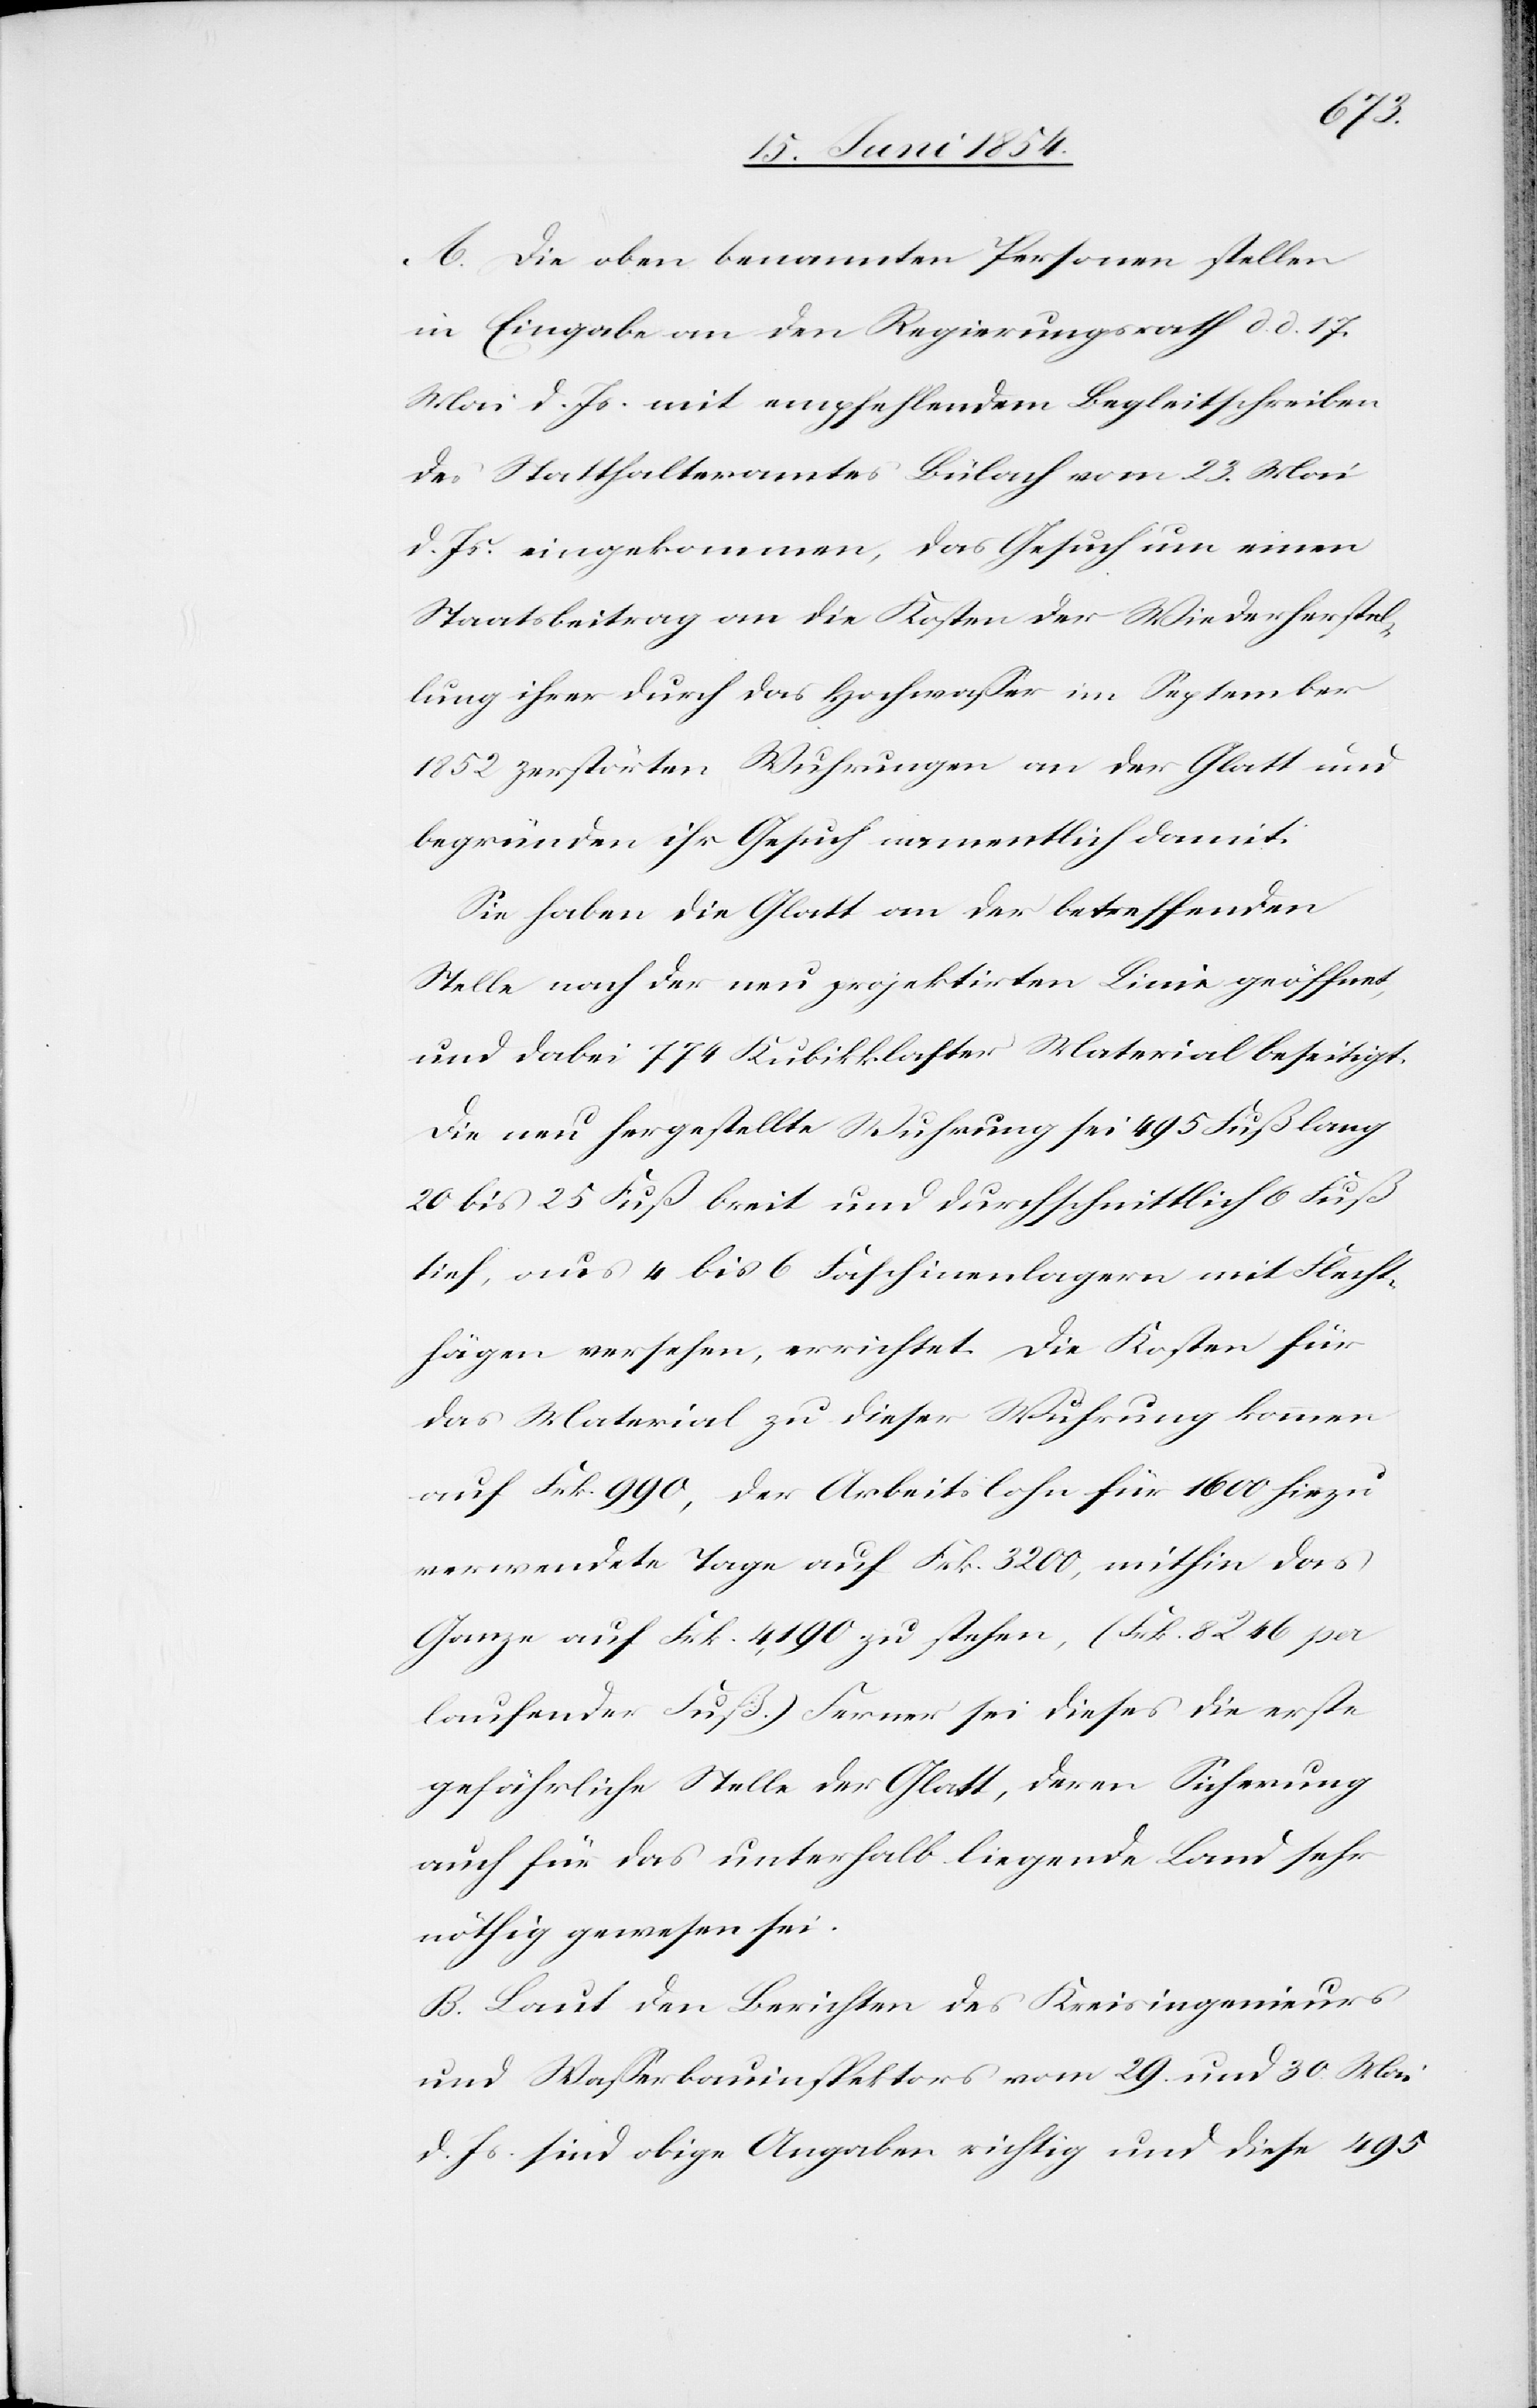
A. Die oben benamten Personen stellen
in Eingabe an den Regierungsrath d. d. 17.
Mai d. Js. mit empfehlendem Begleitschreiben
des Statthalteramtes Bülach vom 23. Mai
d. Js. eingekommen, das Gesuch um einen
Staatsbeitrag an die Kosten der Wiederherstel¬
lung ihrer durch das Hochwaßer im September
1852 zerstörten Wuhrungen an der Glatt und
begründen ihr Gesuch namentlich damit:
Sie haben die Glatt an der betreffenden
Stelle nach der neu projektirten Linie geöffnet,
und dabei 774 Kubikklaster Material beseitigt.
Die neu hergestellte Wuhrung sei 495 Fuß lang
20 bis 25 Fuß breit und durchschnittlich 6 Fuß
tief, aus 4 bis 6 Faschinenlagern mit Flecht¬
hägen versehen, errichtet. Die Kosten für
das Material zu dieser Wuhrung kommen
auf Frk. 990, der Arbeitslohn für 1600 hiezu
verwendete Tage auf Frk. 3200, mithin das
Ganze auf Frk. 4,190 zu stehen, (Frk. 8246 per
laufender Fuß.) Ferner sei dieses die erste
gefährliche Stelle der Glatt, deren Sicherung
auch für das unterhalb liegende Land sehr
nöthig gewesen sei.
B. Laut den Berichten des Kreisingenieurs
und Waßerbauinspektors vom 29. und 30. Mai
d. Js. sind obige Angaben richtig und diese 495